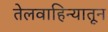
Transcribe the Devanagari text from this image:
तेलवाहिन्यातून